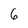
Character: 6